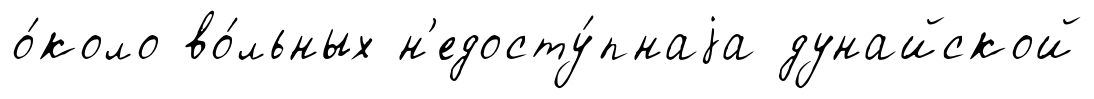
о́коло во́льных н'едосту́пнаjа дунайской